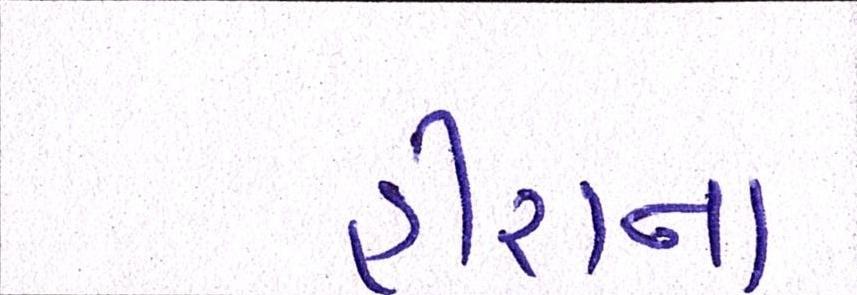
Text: હીરાના